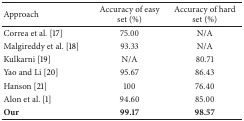
<table><thead><tr><td><b>Approach</b></td><td><b>Accuracy of easy set (%)</b></td><td><b>Accuracy of hard set (%)</b></td></tr></thead><tbody><tr><td>Correa et al. [17]</td><td>75.00</td><td>N/A</td></tr><tr><td>Malgireddy et al. [18]</td><td>93.33</td><td>N/A</td></tr><tr><td>Kulkarni [19]</td><td>N/A</td><td>80.71</td></tr><tr><td>Yao and Li [20]</td><td>95.67</td><td>86.43</td></tr><tr><td>Hanson [21]</td><td>100</td><td>76.40</td></tr><tr><td>Alon et al. [1]</td><td>94.60</td><td>85.00</td></tr><tr><td><b>Our</b></td><td><b>99.17</b></td><td><b>98.57</b></td></tr></tbody></table>